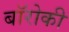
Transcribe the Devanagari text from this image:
बॉरोकी